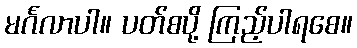
မင်္ဂလာပါ။ ပတ်စပို့ ကြည့်ပါရစေ။